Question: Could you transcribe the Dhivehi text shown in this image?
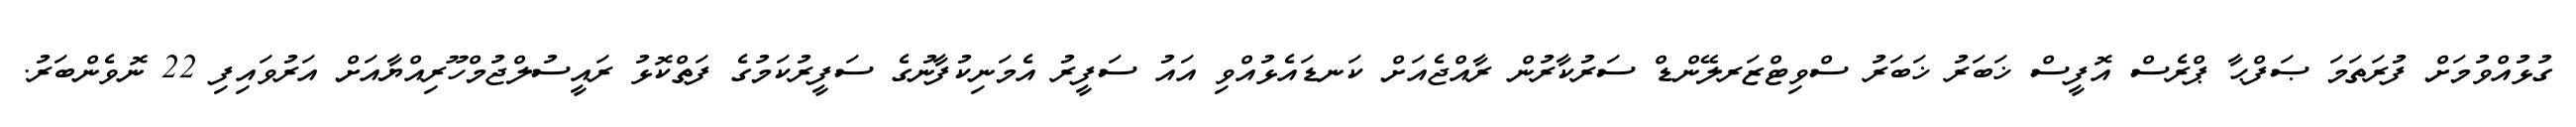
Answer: ގުޅުއްވުމަށް ފުރަތަމަ ޞަފްޙާ ޕްރެސް އޮފީސް ޚަބަރު ޚަބަރު ސްވިޓްޒަރލޭންޑް ސަރުކާރުން ރާއްޖެއަށް ކަނޑައެޅުއްވި އައު ސަފީރު އެމަނިކުފާނުގެ ސަފީރުކަމުގެ ފަތްކޮޅު ރައީސުލްޖުމްހޫރިއްޔާއަށް އަރުވައިފި 22 ނޮވެންބަރު.